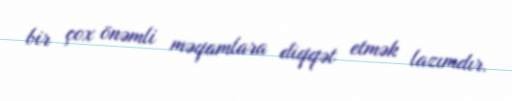
bir çox önəmli məqamlara diqqət etmək lazımdır.